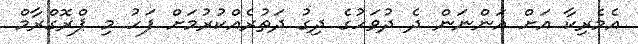
އެމެރިކާ އަށް އަންނަން ދެ ދުވަހުގެ ދިގު ދަތުރެއްކުރުމަށް ފަހު މި ޕްރޮގްރާމް